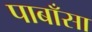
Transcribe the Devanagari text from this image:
पाबाँसा